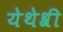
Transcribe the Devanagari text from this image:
येथेश्री